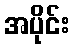
အပိုင်း